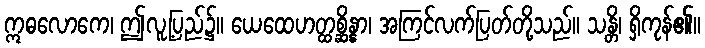
ဣဓလောကေ၊ ဤလူ့ပြည်၌။ ယေထေဟတ္ထစ္ဆိန္နာ၊ အကြင်လက်ပြတ်တို့သည်။ သန္တိ၊ ရှိကုန်၏။